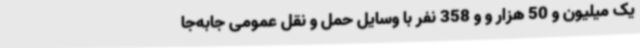
یک میلیون و 50 هزار و و 358 نفر با وسایل حمل و نقل عمومی جابه‌جا